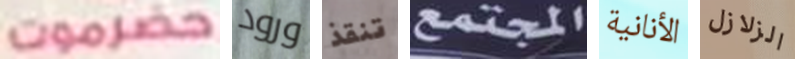
حضرموت ورود تنقذ المجتمع الأنانية الزلازل